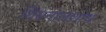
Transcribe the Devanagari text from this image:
शिरानालशोथ